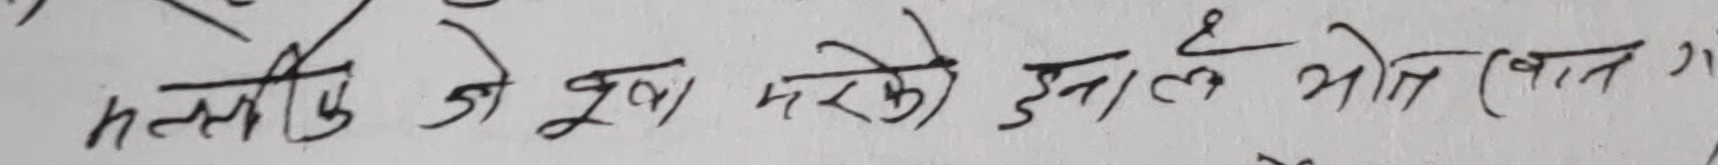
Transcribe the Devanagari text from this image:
मत्स्यु जो दुःख मरके इमले भीत (बात में)